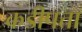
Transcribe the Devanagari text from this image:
कडीपत्ता